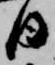
日